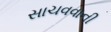
સાચવવાની